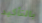
بالتأكيد